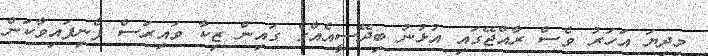
މިދިޔަ އަހަރު ވެސް ރާއްޖޭގައި އުޅުނު ބިދޭސީއެއްގެ ގައިން ޒިކާ ވައިރަސް ފެނިފައިވާކަން